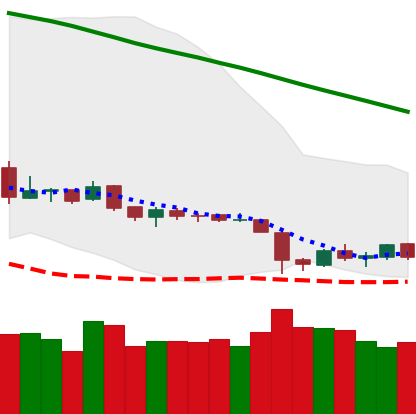
Ticker: ETH-USD
Chart end date: 2019-02-03
Forward return: 10.954%
Label: up_7plus